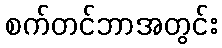
စက်တင်ဘာအတွင်း